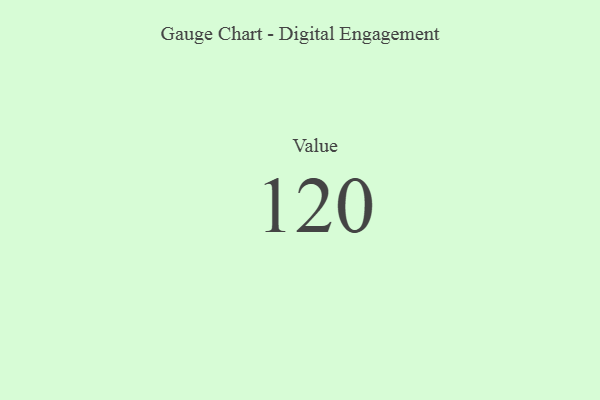
{"axis": {"x": "Metric", "y": "Value"}, "legend": [""], "data": [{"x": "Value", "y": 120, "type": ""}]}